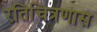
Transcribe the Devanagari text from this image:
रतिचित्रणास